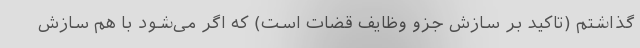
گذاشتم (تاکید بر سازش جزو وظایف قضات است) که اگر می‌شود با هم سازش